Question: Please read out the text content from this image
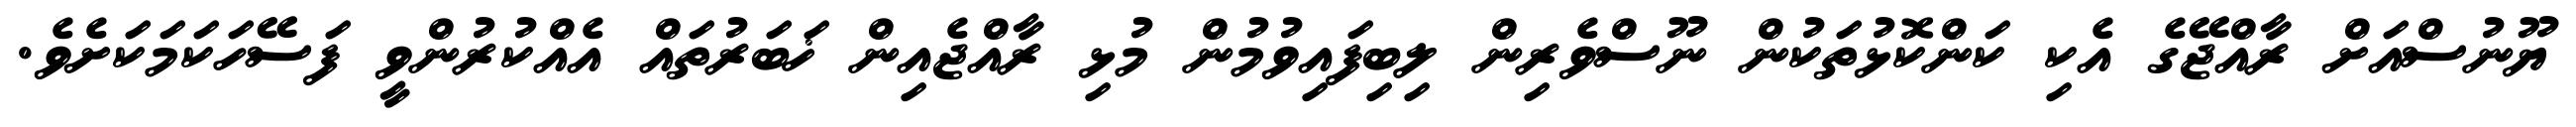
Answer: ޔޫނުސްއަށް ރާއްޖޭގެ އެކި ކަންކޮޅުތަކުން ނޫސްވެރިން ލިބިފައިވުމުން މުޅި ރާއްޖެއިން ޚަބަރުތައް އެއްކުރުންވީ ފަސޭހަކަމަކަށެވެ.